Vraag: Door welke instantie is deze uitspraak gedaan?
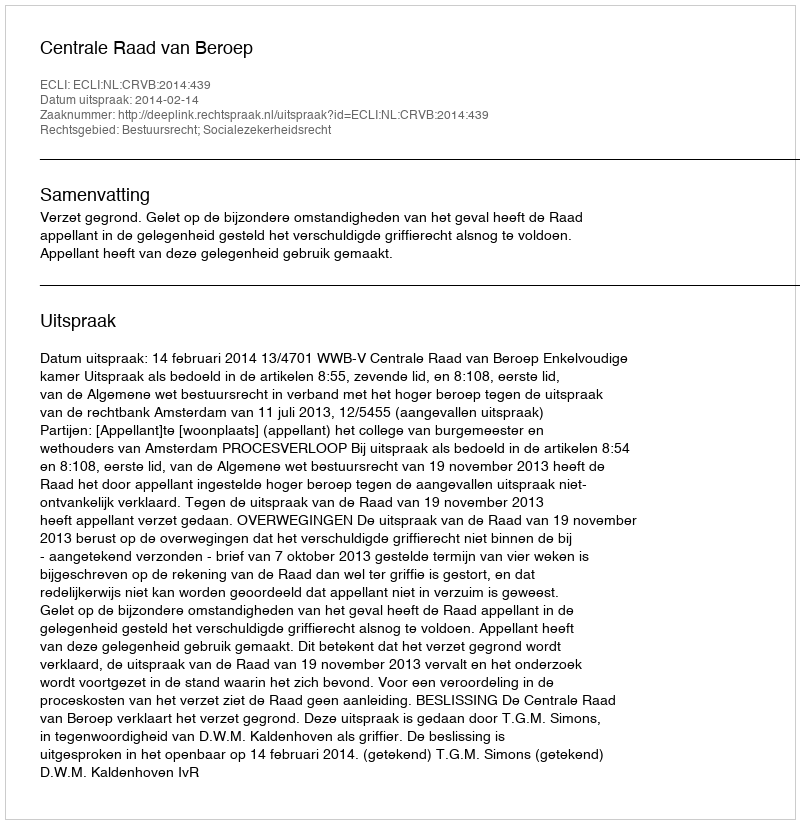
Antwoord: Centrale Raad van Beroep